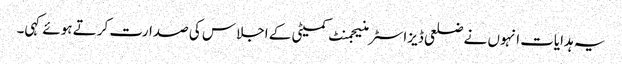
یہ ہدایات انہوں نے ضلعی ڈیزاسٹر منیجمنٹ کمیٹی کے اجلاس کی صدارت کرتے ہوئے کہی۔